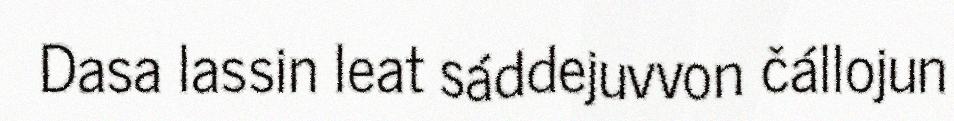
Dasa lassin leat sáddejuvvon čállojun